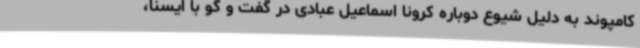
کامپوند به دلیل شیوع دوباره کرونا اسماعیل عبادی در گفت و گو با ایسنا،